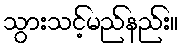
သွားသင့်မည်နည်း။